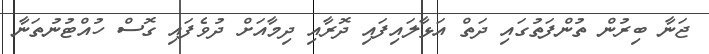
ޖަނާ ބިރުން ތުންފަތުގައި ދަތް އަޅާލައިފައި ދޮރާއި ދިމާއަށް ދުވެފައި ގޮސް ހުއްޓުނުތަނާ